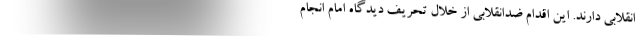
انقلابی دارند. این اقدام ضدانقلابی از خلال تحریف دیدگاه امام انجام